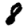
Digit: 8